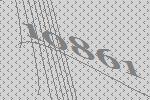
10861